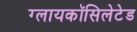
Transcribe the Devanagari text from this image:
ग्लायकॉसिलेटेड